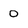
Character: 0